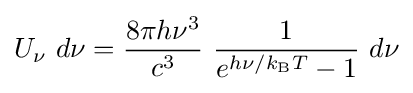
U_{\nu }~d\nu ={\frac {8\pi h\nu ^{3}}{c^{3}}}~{\frac {1}{e^{h\nu /k_{\rm {B}}T}-1}}~d\nu